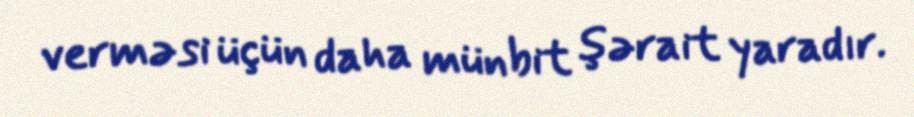
verməsi üçün daha münbit şərait yaradır.